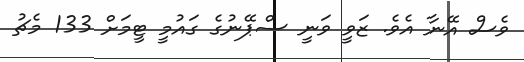
ވެސް އޭނާ އެވެ. ޒަވީ ވަނީ ސްޕޭނުގެ ގައުމީ ޓީމަށް 133 މެޗު